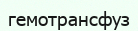
гемотрансфуз